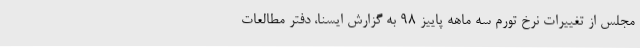
مجلس از تغییرات نرخ تورم سه ماهه پاییز 98 به گزارش ایسنا، دفتر مطالعات